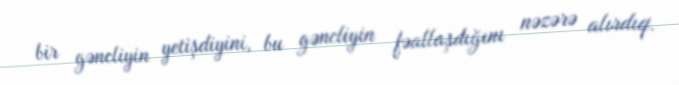
bir gəncliyin yetişdiyini, bu gəncliyin fəallaşdığını nəzərə alırdıq.